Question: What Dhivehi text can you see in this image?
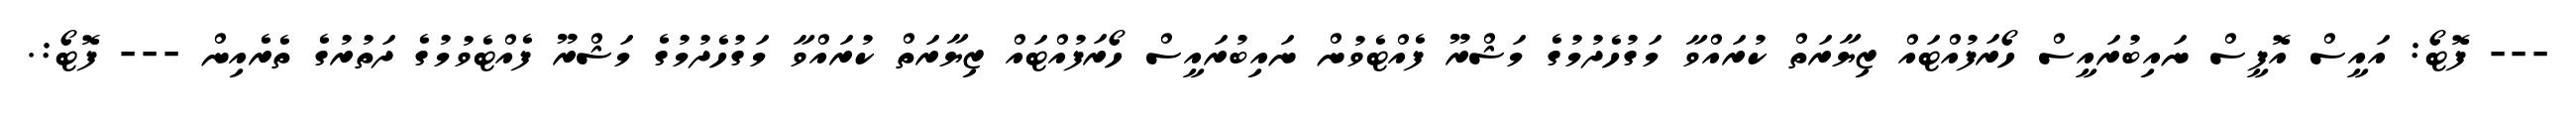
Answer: --- ފޮޓޯ: އައީސް އޮފީސް ނައިބުރައީސް ހޯރަފުއްޓައް ޒިޔާރަތް ކުރައްވާ މަގުހެދުމުގެ މަޝްރޫ ފެއްޓެވުން ނައިބުރައީސް ހޯރަފުއްޓައް ޒިޔާރަތް ކުރައްވާ މަގުހެދުމުގެ މަޝްރޫ ފެއްޓެވުމުގެ ދަތުރުގެ ތެރެއިން --- ފޮޓޯ:.